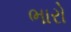
ભારો